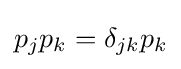
p_{j}p_{k}=\delta _{jk}p_{k}